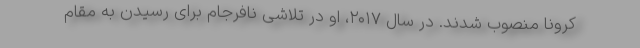
کرونا منصوب شدند. در سال ۲۰۱۷، او در تلاشی نافرجام برای رسیدن به مقام